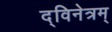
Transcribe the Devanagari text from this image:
द्विनेत्रम्